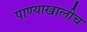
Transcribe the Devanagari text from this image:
पाण्याखालीच